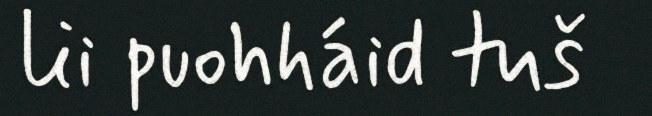
lii puohháid tuš